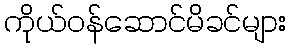
ကိုယ်ဝန်ဆောင်မိခင်များ